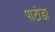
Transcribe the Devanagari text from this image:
पाटोडा